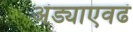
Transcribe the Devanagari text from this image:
अंड्याएवढं